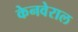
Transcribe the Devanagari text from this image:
केनवेराल